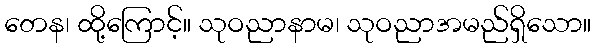
တေန၊ ထို့ကြောင့်။ သုဝညာနာမ၊ သုဝညာအမည်ရှိသော။